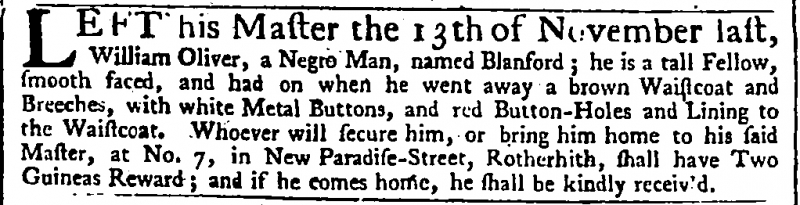
Daily Advertiser, 2 December 1743 (England)
LEFT his Master the 13th of November last, William Oliver, a Negro Man, named Blanford; he is a tall Fellow, smooth faced, and had on when he went away a brown Waistcoat and Breeches, with white Metal Buttons, and red Button-Holes and Lining to the Waistcoat. Whoever will secure him, or bring him home to his said Master, at No. 7, in New Paradise-Street, Rotherhith, shall have Two Guineas Reward; and if he comes home, he shall be kindly receiv’d.